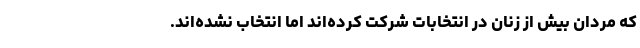
که مردان بیش از زنان در انتخابات شرکت کرده‌اند اما انتخاب نشده‌اند.